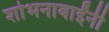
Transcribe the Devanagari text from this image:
शोभनाबाईंनी